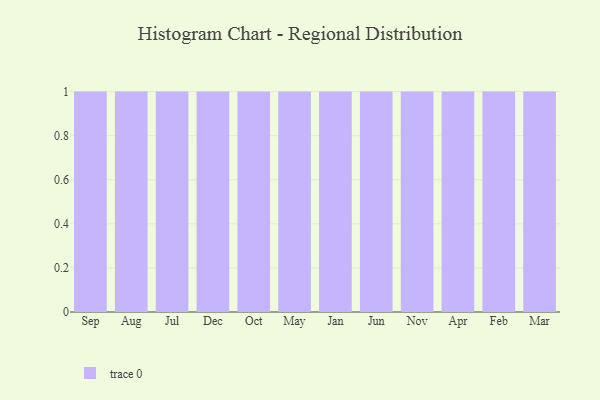
{"axis": {"x": "Month", "y": "Satisfaction Score"}, "legend": [""], "data": [{"x": "Sep", "y": 93, "type": ""}, {"x": "Aug", "y": 8, "type": ""}, {"x": "Jul", "y": 88, "type": ""}, {"x": "Dec", "y": 56, "type": ""}, {"x": "Oct", "y": 58, "type": ""}, {"x": "May", "y": 40, "type": ""}, {"x": "Jan", "y": 97, "type": ""}, {"x": "Jun", "y": 67, "type": ""}, {"x": "Nov", "y": 28, "type": ""}, {"x": "Apr", "y": 69, "type": ""}, {"x": "Feb", "y": 80, "type": ""}, {"x": "Mar", "y": 67, "type": ""}]}